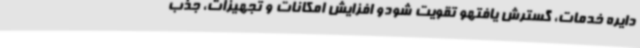
دایره خدمات، گسترش یافتهو تقویت شودو افزایش امکانات و تجهیزات، جذب